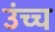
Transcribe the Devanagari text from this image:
उंच्च